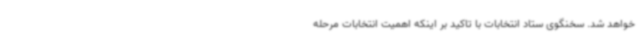
خواهد شد. سخنگوی ستاد انتخابات با تاکید بر اینکه اهمیت انتخابات مرحله